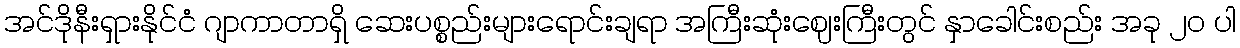
အင်ဒိုနီးရှားနိုင်ငံ ဂျာကာတာရှိ ဆေးပစ္စည်းများရောင်းချရာ အကြီးဆုံးဈေးကြီးတွင် နှာခေါင်းစည်း အခု ၂၀ ပါ